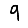
Digit: 9